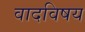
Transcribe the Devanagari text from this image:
वादविषय